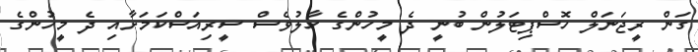
ގަން ރީޖަނަލް ހޮސްޕިޓަލުން ބުނީ ދެ މީހުންގެ ހާލުވެސް ސީރިއަސްކަމަށާއި ދެ މީހުންގެ